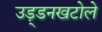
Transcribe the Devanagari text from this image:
उड़्डनखटोले